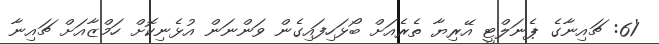
'61: ޗައިނާގެ ޕެނަލްޓީ އޭރިޔާ ތެރެއަށް ބޯޅަހިފައިގެން ވަންނަން އުޅެނިކޮށް ހަމްޒާއަށް ޗައިނާ